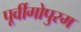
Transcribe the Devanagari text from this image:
पूर्वीगोपुरम